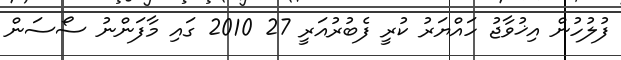
ފުލުހުން އިޚުވާޖު ހައްޔަރު ކުރީ ފެބުރުއަރީ 27 2010 ގައި މާފަންނު ސޯސަން